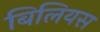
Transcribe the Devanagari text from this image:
बिलियस